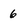
Character: 6